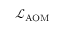
\mathcal { L } _ { \mathrm { A O M } }